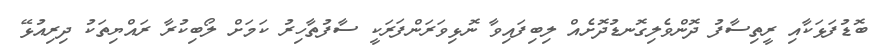
ބޮޑުފަޅަކާއި ރީތިސާފު ދޮންވެލިގޮނޑުދޮށެއް ލިބިފައިވާ ނޮޅިވަރަންފަރަކީ ސާފުތާހިރު ކަމަށް ލޯބިކުރާ ރައްޔިތަކު ދިރިއުޅޭ